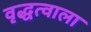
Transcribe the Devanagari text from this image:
वृद्धत्वाला